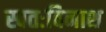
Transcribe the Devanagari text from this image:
स्वतःविनाश